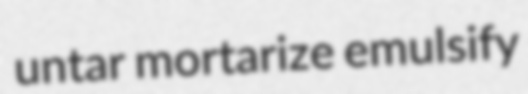
untar mortarize emulsify